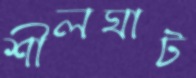
শীলঘাট